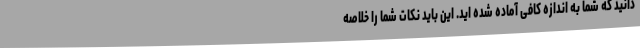
دانید که شما به اندازه کافی آماده شده اید. این باید نکات شما را خلاصه